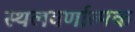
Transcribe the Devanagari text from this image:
स्थलवर्णात्मक